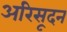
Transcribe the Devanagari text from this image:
अरिसूदन